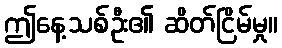
ဤနေ့သစ်ဦး၏ ဆိတ်ငြိမ်မှု။